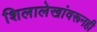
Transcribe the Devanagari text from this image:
शिलालेखांवरूनही